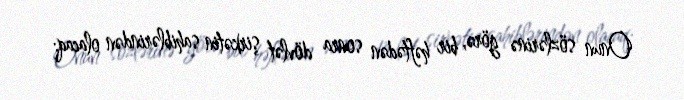
Onun sözlərinə görə, bir həftədən sonra dövlət şirkətin sahiblərindən olacaq: